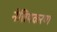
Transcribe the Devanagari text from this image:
नेत्तिपकरण